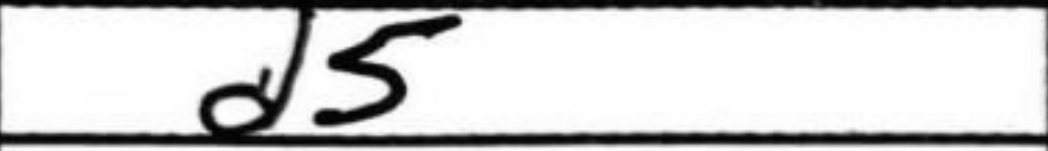
Transcription: d5